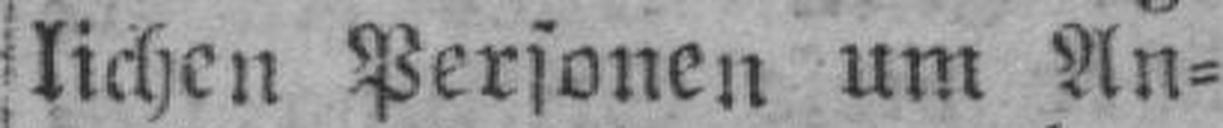
lichen Personen um An¬